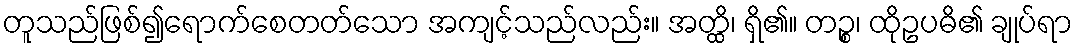
တူသည်ဖြစ်၍ရောက်စေတတ်သော အကျင့်သည်လည်း။ အတ္ထိ၊ ရှိ၏။ တဉ္စ၊ ထိုဥပဓိ၏ ချုပ်ရာ